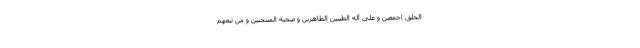
الخلق اجمعین و علی آله الطّیّبین الطّاهرین و صحبه المنتجبین و من تبعهم